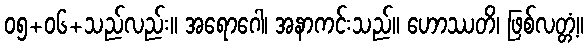
၀၅+၀၆+သည်လည်း။ အရောဂေါ၊ အနာကင်းသည်။ ဟောဿတိ၊ ဖြစ်လတ္တံ့။